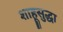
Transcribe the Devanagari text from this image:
शाहूसुद्धा